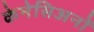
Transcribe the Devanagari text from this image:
केनेसिअनों